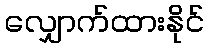
လျှောက်ထားနိုင်